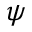
{ \psi }